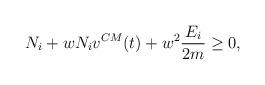
LaTeX: \begin{align*}N_{i} + w N_{i} v^{CM} (t)+w^2 \frac{E_{i}}{2m} \ge 0,\end{align*}